Indian journal of veterinary science and animal husbandry - Volume 12,
Year: 1942
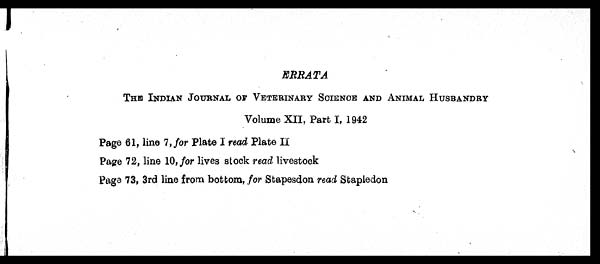
ERRATA
THE INDIAN JOURNAL OF VETERINARY SCIENCE AND ANIMAL HUSBANDRY
Volume XII, Part I, 1942
Page 61, line 7, for Plate I read Plate II
Page 72, line 10, for lives stock read livestock
Page 73, 3rd line from bottom, for Stapesdon read Stapledon